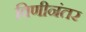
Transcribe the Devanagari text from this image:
विणीनंतर